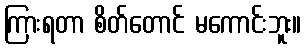
ကြားရတာ စိတ်တောင် မကောင်းဘူး။